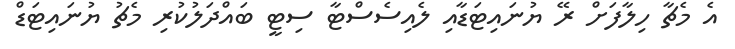
އެ މެޗާ ހިލާފަށް ރޭ ޔުނައިޓަޑާއި ލެއިސެސްޓާ ސިޓީ ބައްދަލުކުރި މެޗު ޔުނައިޓަޑް